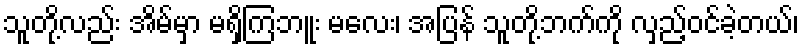
သူတို့လည်း အိမ်မှာ မရှိကြဘူး မလေး၊ အပြန် သူတို့ဘက်ကို လှည့်ဝင်ခဲ့တယ်၊